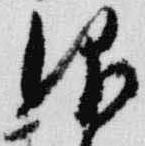
仰